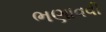
ભણાવવી